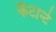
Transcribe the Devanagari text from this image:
कैंटान्टे